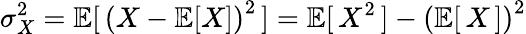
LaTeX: \sigma_{X}^{2}=\operatorname{\mathbb{E}}[\, \left(X-\operatorname{\mathbb{E}}[X]\right)^{2}\, ]=\operatorname{\mathbb{E}}[\, X^{2}\, ]-\left(\operatorname{\mathbb{E}}[\, X\, ]\right)^{2}